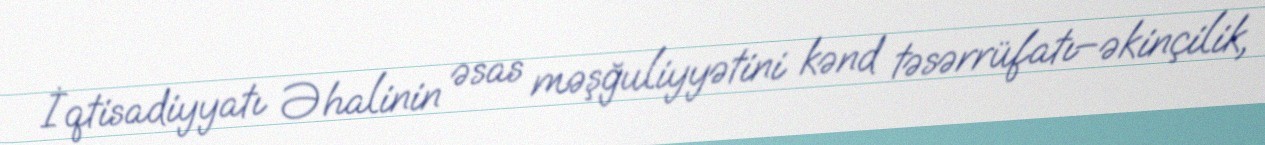
İqtisadiyyatı Əhalinin əsas məşğuliyyətini kənd təsərrüfatı–əkinçilik,